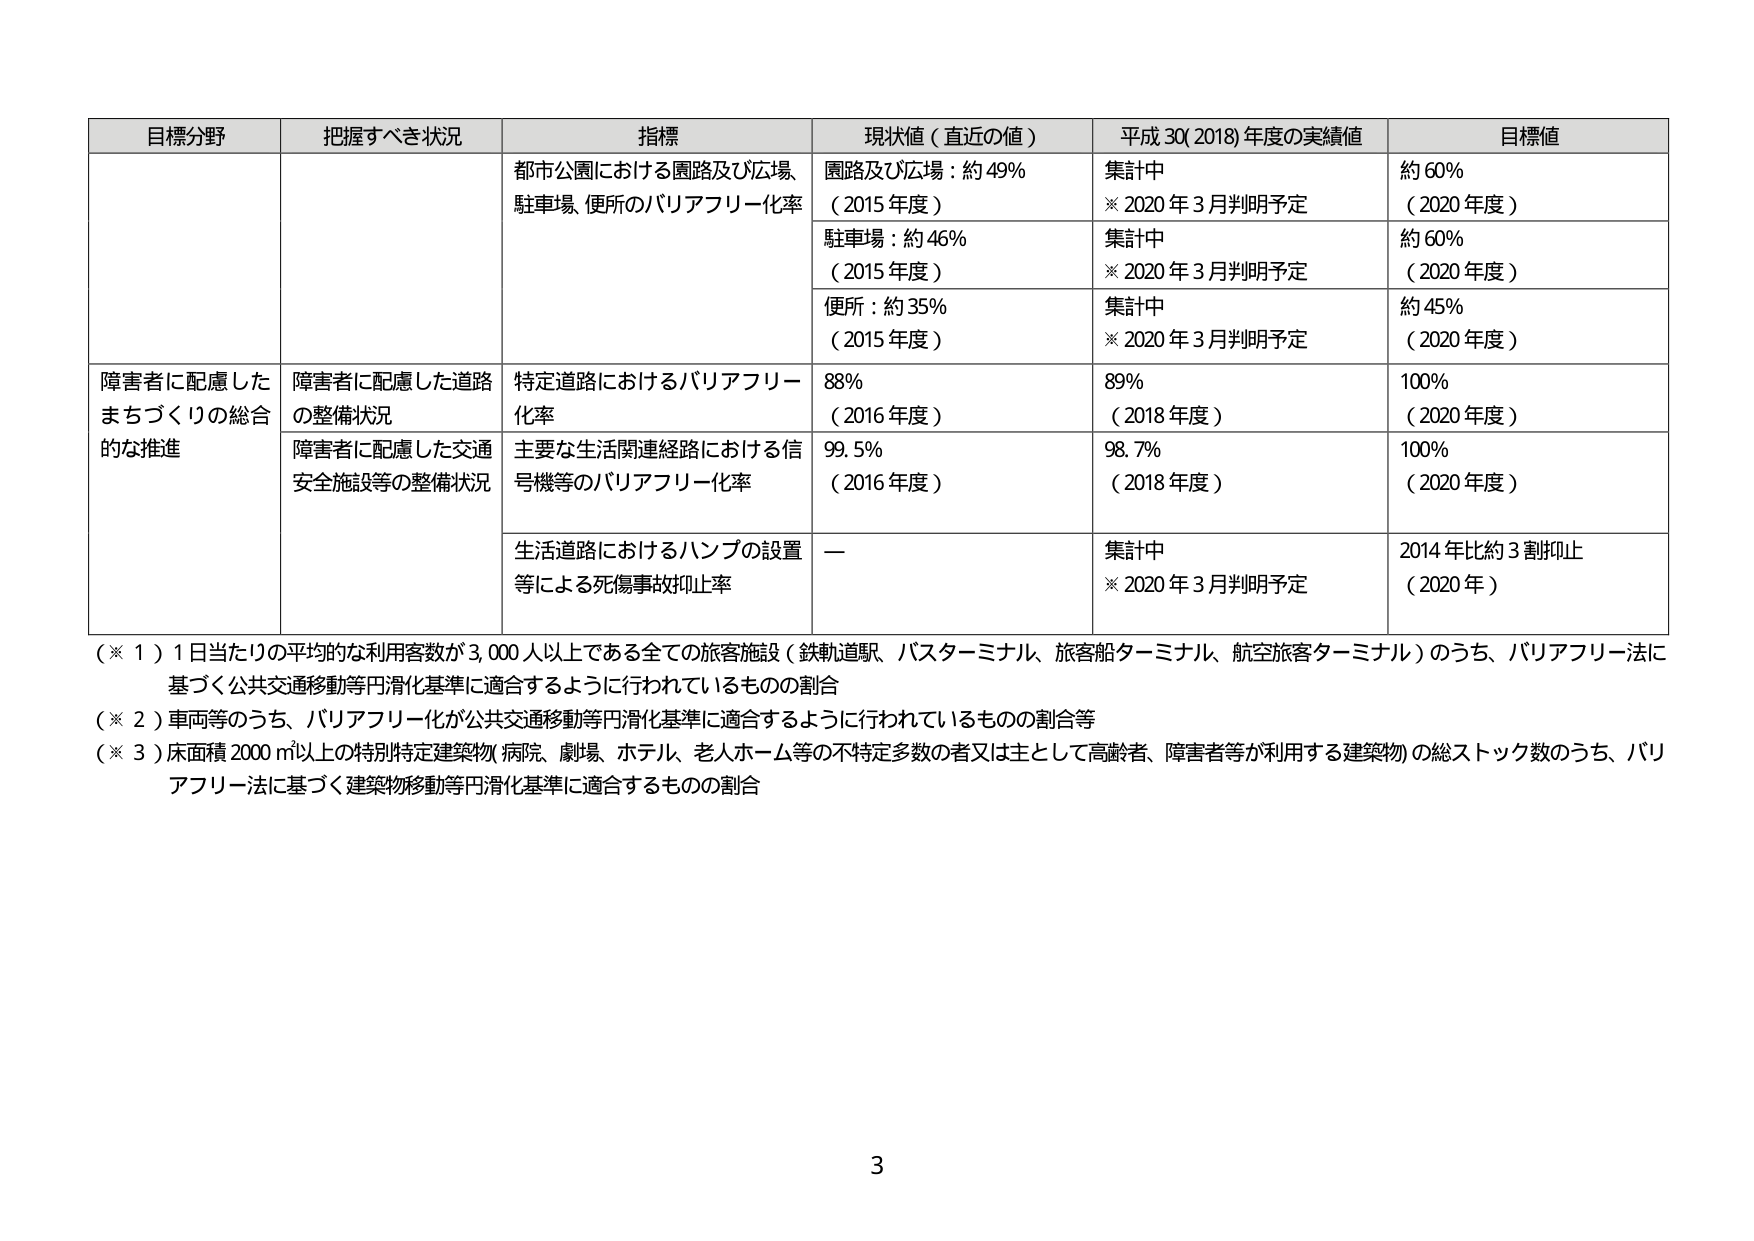
目標分野 把握すべき状況 指標 現状値（直近の値） 平成30(2018)年度の実績値 目標値
都市公園における園路及び広場、 駐車場、便所のバリアフリー化率 園路及び広場：約49% （2015年度） 集計中 ※2020年3月判明予定 約60% （2020年度）
駐車場：約46% （2015年度） 集計中 ※2020年3月判明予定 約60% （2020年度）
便所：約35% （2015年度） 集計中 ※2020年3月判明予定 約45% （2020年度）
障害者に配慮した まちづくりの総合 的な推進 障害者に配慮した道路 の整備状況 特定道路におけるバリアフリー 化率 88% （2016年度） 89% （2018年度） 100% （2020年度）
障害者に配慮した交通 安全施設等の整備状況 主要な生活関連経路における信 号機等のバリアフリー化率 99.5% （2016年度） 98.7% （2018年度） 100% （2020年度）
生活道路におけるハンプの設置 等による死傷事故抑止率 — 集計中 ※2020年3月判明予定 2014年比約3割抑止 （2020年）
（※1）1日当たりの平均的な利用客数が3,000人以上である全ての旅客施設（鉄軌道駅、バスターミナル、旅客船ターミナル、航空旅客ターミナル）のうち、バリアフリー法に 基づく公共交通移動等円滑化基準に適合するように行われているものの割合
（※2）車両等のうち、バリアフリー化が公共交通移動等円滑化基準に適合するように行われているものの割合等
（※3）床面積2000㎡以上の特別特定建築物（病院、劇場、ホテル、老人ホーム等の不特定多数の者又は主として高齢者、障害者等が利用する建築物）の総ストック数のうち、バリ アフリー法に基づく建築物移動等円滑化基準に適合するものの割合
3